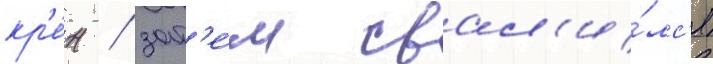
кр'е́н / зат'е́м свал'и́лс'я